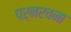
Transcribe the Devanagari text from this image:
पर्नरचना